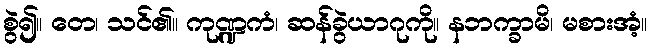
စွဲ၍။ တေ၊ သင်၏။ ကုဏ္ဍကံ၊ ဆန်ခွဲယာဂုကို။ နဘက္ခာမိ၊ မစားအံ့။